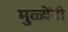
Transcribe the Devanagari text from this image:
मुळ्येंनी